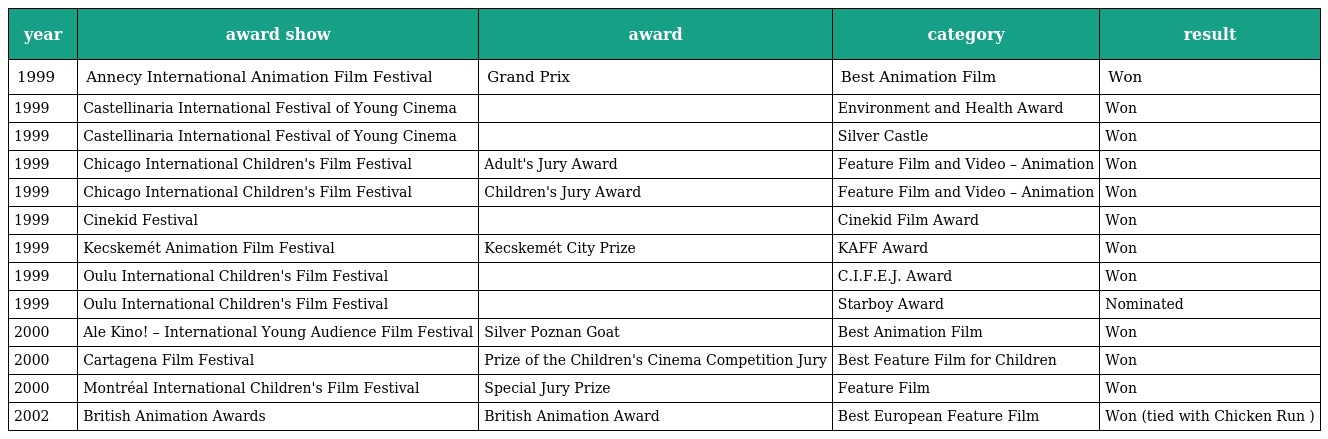
| year | award show | award | category | result |
 | --- | --- | --- | --- | --- |
 | 1999 | Annecy International Animation Film Festival | Grand Prix | Best Animation Film | Won |
 | 1999 | Castellinaria International Festival of Young Cinema |  | Environment and Health Award | Won |
 | 1999 | Castellinaria International Festival of Young Cinema |  | Silver Castle | Won |
 | 1999 | Chicago International Children's Film Festival | Adult's Jury Award | Feature Film and Video – Animation | Won |
 | 1999 | Chicago International Children's Film Festival | Children's Jury Award | Feature Film and Video – Animation | Won |
 | 1999 | Cinekid Festival |  | Cinekid Film Award | Won |
 | 1999 | Kecskemét Animation Film Festival | Kecskemét City Prize | KAFF Award | Won |
 | 1999 | Oulu International Children's Film Festival |  | C.I.F.E.J. Award | Won |
 | 1999 | Oulu International Children's Film Festival |  | Starboy Award | Nominated |
 | 2000 | Ale Kino! – International Young Audience Film Festival | Silver Poznan Goat | Best Animation Film | Won |
 | 2000 | Cartagena Film Festival | Prize of the Children's Cinema Competition Jury | Best Feature Film for Children | Won |
 | 2000 | Montréal International Children's Film Festival | Special Jury Prize | Feature Film | Won |
 | 2002 | British Animation Awards | British Animation Award | Best European Feature Film | Won (tied with Chicken Run ) |